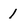
Character: 1